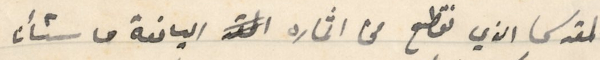
المقدس الذي نقطع من اثماره اليانعة ما شأنا